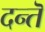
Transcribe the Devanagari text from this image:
दन्तॆ